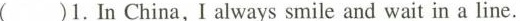
()1.In China,I always smile and wait in a line.